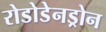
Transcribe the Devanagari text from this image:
रोडोडेनड्रोन